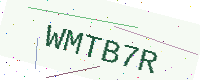
Text: WMTB7R